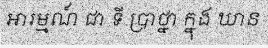
អារម្មណ៍ ជា ទី ប្រាថ្នា ក្នុង ឃាន